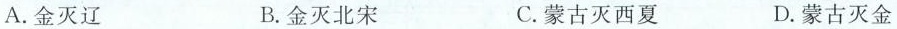
A.金灭辽 B.金灭北宋 C.蒙古灭西夏 D.蒙古灭金